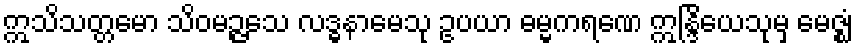
ဣသိသတ္တမော သိဝမဉ္ဇသေ လဒ္ဓနာမေသု ဥပယာ ဓမ္မကရဏေ ဣန္ဒြိယေသုမှ မေဇ္ဈံ